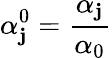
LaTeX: \alpha_{\mathbf{j}}^{0}=\frac{{\alpha_{\mathbf{j}}}}{{\alpha_{0}}}